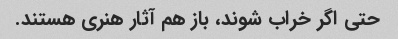
حتی اگر خراب شوند، باز هم آثار هنری هستند.